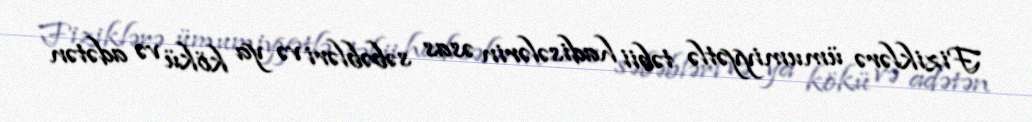
Fiziklərə ümumiyyətlə təbii hadisələrin əsas səbəbləri və ya kökü və adətən